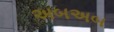
અબઅબ